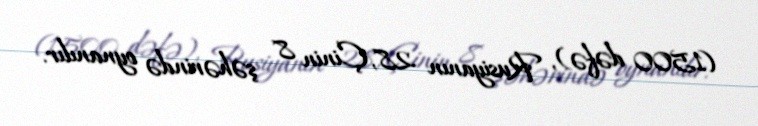
(1500 dəfə), Rusiyanın 28, Çinin 8 şəhərində oynanılır.